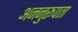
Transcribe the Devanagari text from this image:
अननुरूपता